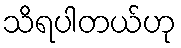
သိရပါတယ်ဟု